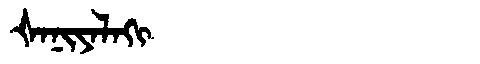
Manchu: ᡧᠠᠨᡳᠶᠠᠯᠠᡴᡳ
Romanization: ŠANIYALAKI